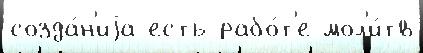
созда́н'иjа есть рабо́т'е мол'и́тв